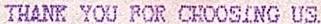
THANK YOU FOR CHOOSING US.